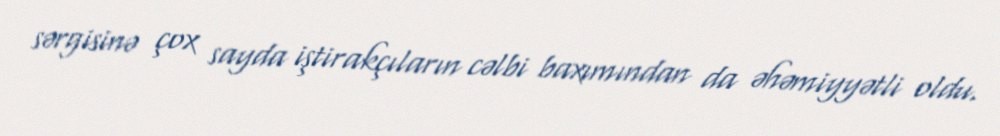
sərgisinə çox sayda iştirakçıların cəlbi baxımından da əhəmiyyətli oldu.